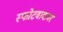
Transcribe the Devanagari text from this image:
स्फोटवादावर